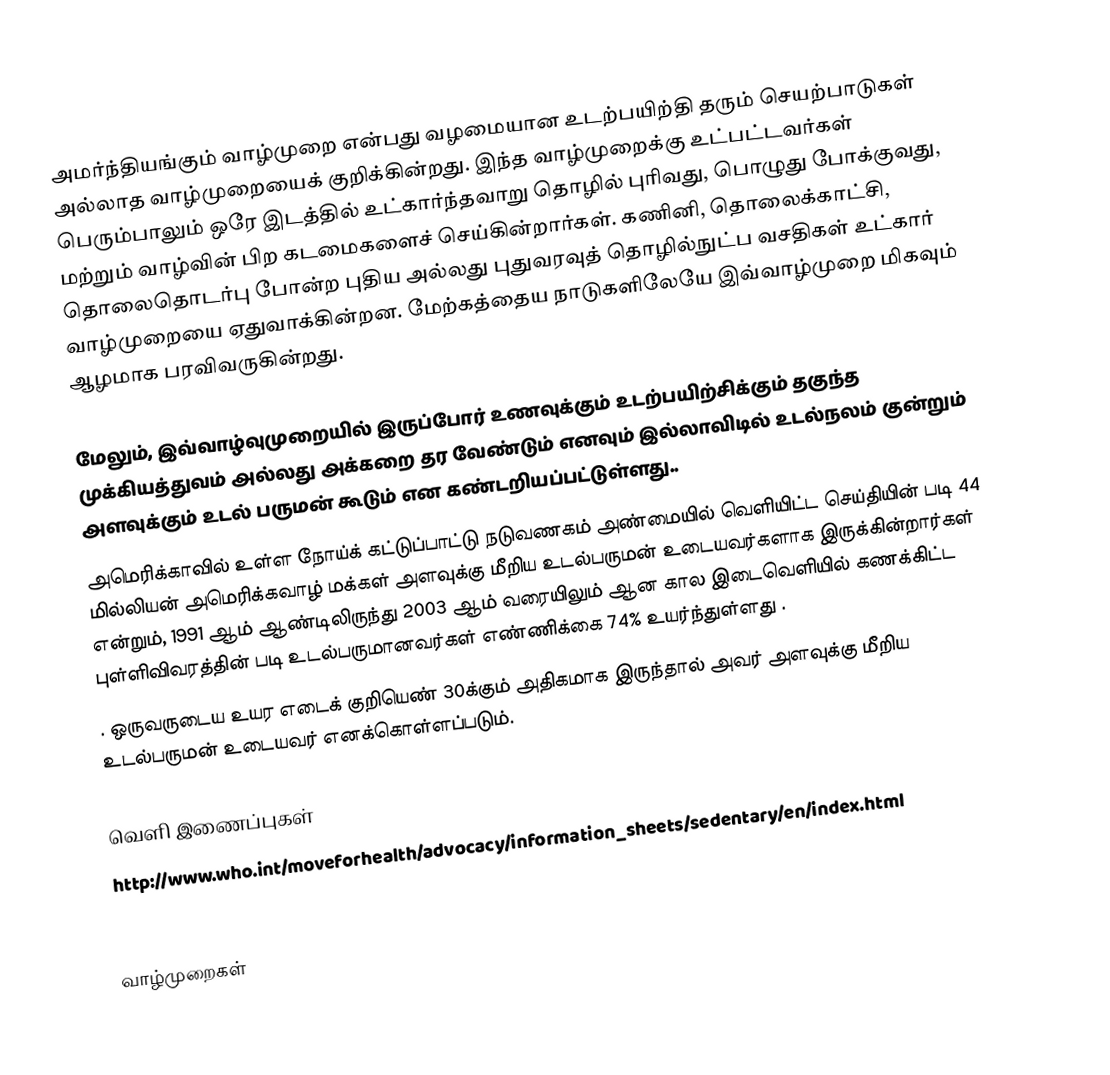
அமர்ந்தியங்கும் வாழ்முறை என்பது வழமையான உடற்பயிற்தி தரும் செயற்பாடுகள் அல்லாத வாழ்முறையைக் குறிக்கின்றது.  இந்த வாழ்முறைக்கு உட்பட்டவர்கள் பெரும்பாலும் ஒரே இடத்தில் உட்கார்ந்தவாறு தொழில் புரிவது, பொழுது போக்குவது, மற்றும் வாழ்வின் பிற கடமைகளைச் செய்கின்றார்கள்.  கணினி, தொலைக்காட்சி, தொலைதொடர்பு போன்ற புதிய அல்லது புதுவரவுத் தொழில்நுட்ப வசதிகள் உட்கார் வாழ்முறையை ஏதுவாக்கின்றன. மேற்கத்தைய நாடுகளிலேயே இவ்வாழ்முறை மிகவும் ஆழமாக பரவிவருகின்றது.

மேலும், இவ்வாழ்வுமுறையில் இருப்போர் உணவுக்கும் உடற்பயிற்சிக்கும் தகுந்த முக்கியத்துவம் அல்லது அக்கறை தர வேண்டும் எனவும் இல்லாவிடில் உடல்நலம் குன்றும் அளவுக்கும் உடல் பருமன் கூடும் என கண்டறியப்பட்டுள்ளது..
அமெரிக்காவில் உள்ள நோய்க் கட்டுப்பாட்டு நடுவணகம் அண்மையில் வெளியிட்ட செய்தியின் படி 44 மில்லியன் அமெரிக்கவாழ் மக்கள் அளவுக்கு மீறிய உடல்பருமன் உடையவர்களாக இருக்கின்றார்கள் என்றும், 1991 ஆம் ஆண்டிலிருந்து 2003 ஆம் வரையிலும் ஆன கால இடைவெளியில் கணக்கிட்ட புள்ளிவிவரத்தின் படி உடல்பருமானவர்கள் எண்ணிக்கை 74% உயர்ந்துள்ளது .
. ஒருவருடைய உயர எடைக் குறியெண் 30க்கும் அதிகமாக இருந்தால் அவர் அளவுக்கு மீறிய உடல்பருமன் உடையவர் எனக்கொள்ளப்படும்.

வெளி இணைப்புகள்
 http://www.who.int/moveforhealth/advocacy/information_sheets/sedentary/en/index.html
 http://www.prevention.com/article/0,5778,s-1-75-66-4201-1,00.html

வாழ்முறைகள்